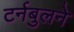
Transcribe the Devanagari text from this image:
टर्नबुलने